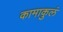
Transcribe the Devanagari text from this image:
कामाकुलं